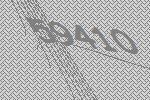
59410